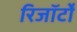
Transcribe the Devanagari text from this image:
रिजॉर्टों